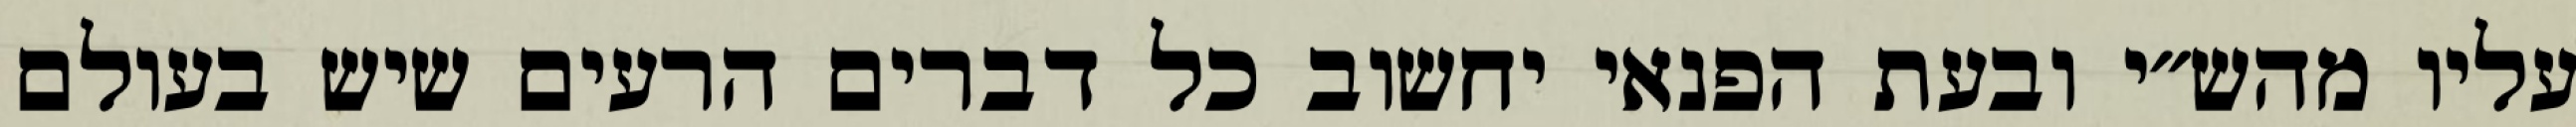
עליו מהש״י ובעת הפנאי יחשוב כל דברים הרעים שיש בעולם